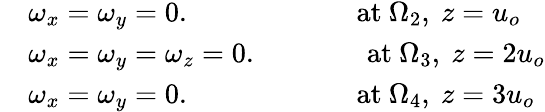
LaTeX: \begin{array}{rl}&{\omega_{x}=\omega_{y}=0.\qquad\qquad\qquad\mathrm{at}~\Omega_{2},\mathrm{~}z=u_{o}}\\ &{\omega_{x}=\omega_{y}=\omega_{z}=0.\qquad\qquad\mathrm{at}~\Omega_{3},\mathrm{~}z=2u_{o}}\\ &{\omega_{x}=\omega_{y}=0.\qquad\qquad\qquad\mathrm{at}~\Omega_{4},\mathrm{~}z=3u_{o}}\end{array}